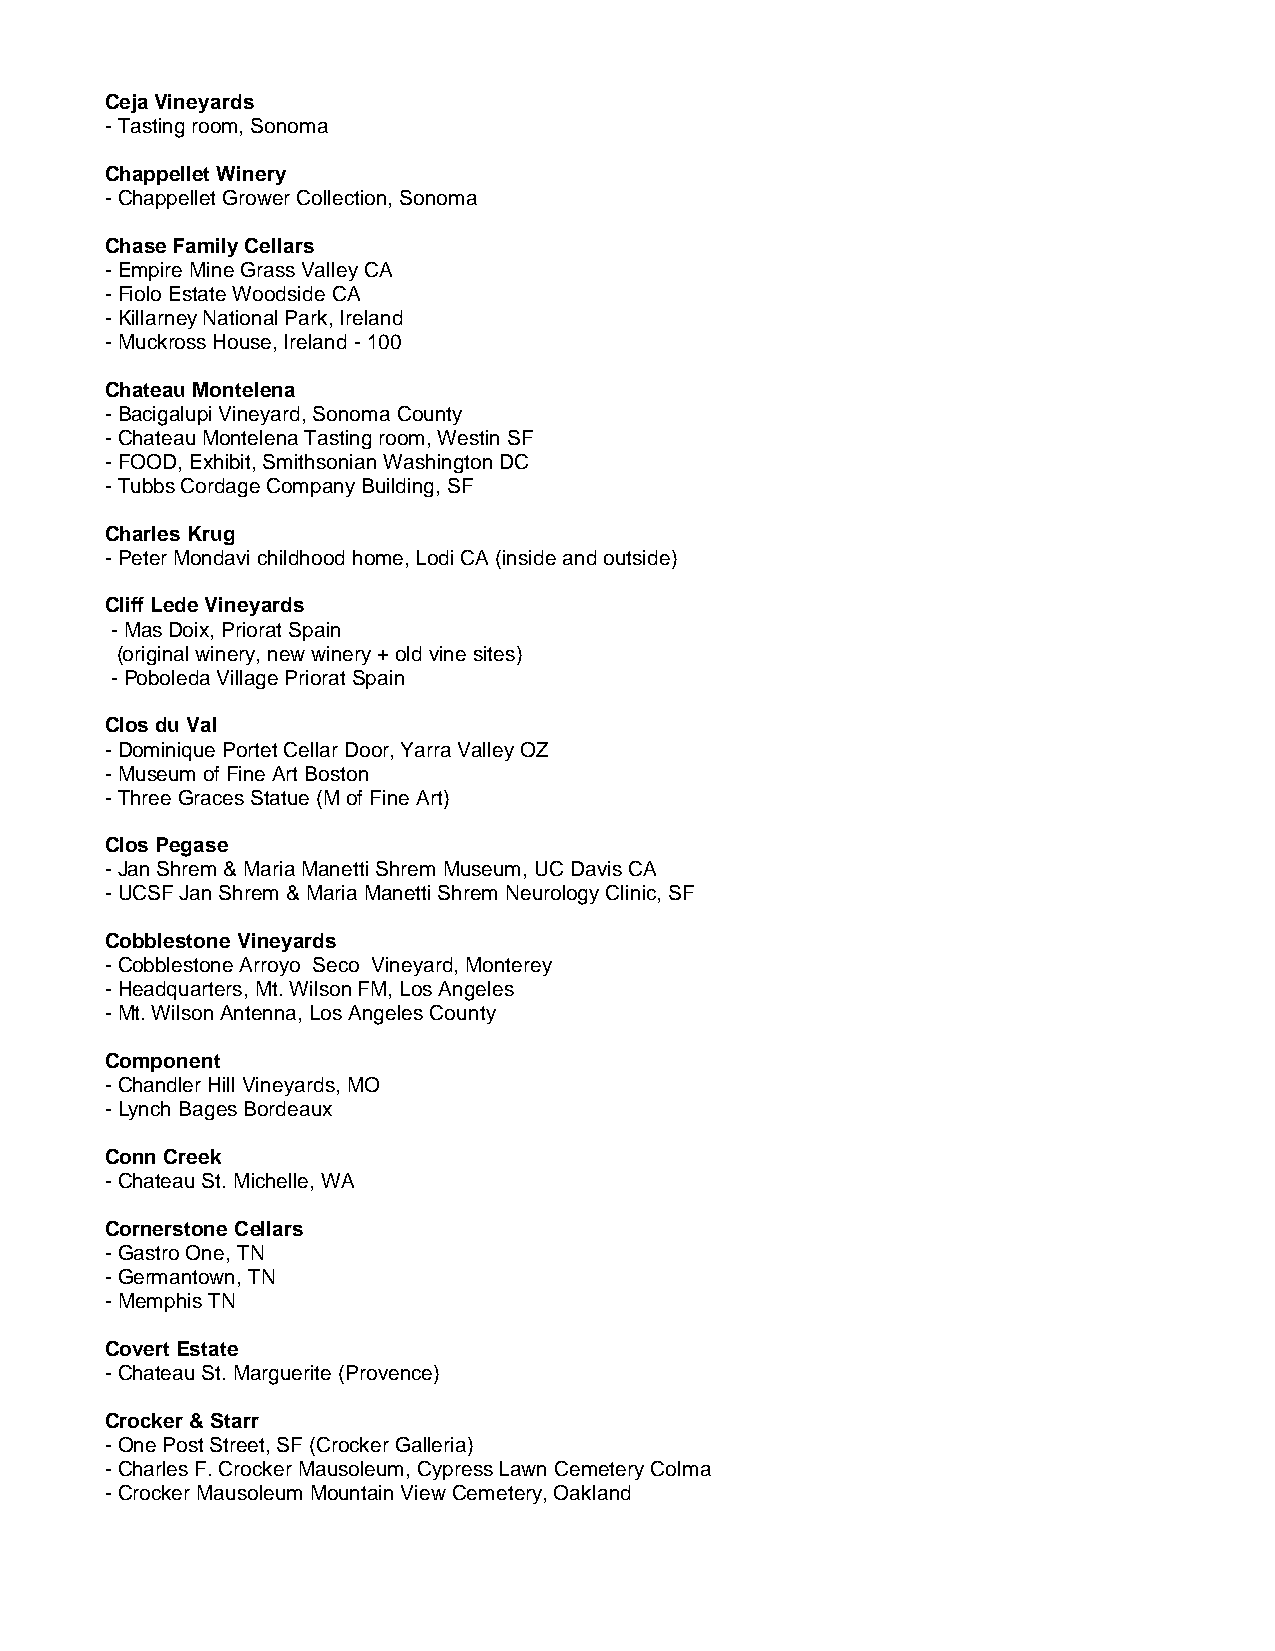
Ceja Vineyards
 - Tasting room, Sonoma
 Chappellet Winery
 - Chappellet Grower Collection, Sonoma
 Chase Family Cellars
 - Empire Mine Grass Valley CA
 - Fiolo Estate Woodside CA
 - Killarney National Park, Ireland
 - Muckross House, Ireland - 100
 Chateau Montelena
 - Bacigalupi Vineyard, Sonoma County
 - Chateau Montelena Tasting room, Westin SF
 - FOOD, Exhibit, Smithsonian Washington DC
 - Tubbs Cordage Company Building, SF
 Charles Krug
 - Peter Mondavi childhood home, Lodi CA (inside and outside)
 Cliff Lede Vineyards
 - Mas Doix, Priorat Spain
 (original winery, new winery + old vine sites)
 - Poboleda Village Priorat Spain
 Clos du Val
 - Dominique Portet Cellar Door, Yarra Valley OZ
 - Museum of Fine Art Boston
 - Three Graces Statue (M of Fine Art)
 Clos Pegase
 - Jan Shrem & Maria Manetti Shrem Museum, UC Davis CA
 - UCSF Jan Shrem & Maria Manetti Shrem Neurology Clinic, SF
 Cobblestone Vineyards
 - Cobblestone Arroyo Seco Vineyard, Monterey
 - Headquarters, Mt. Wilson FM, Los Angeles
 - Mt. Wilson Antenna, Los Angeles County
 Component
 - Chandler Hill Vineyards, MO
 - Lynch Bages Bordeaux
 Conn Creek
 - Chateau St. Michelle, WA
 Cornerstone Cellars
 - Gastro One, TN
 - Germantown, TN
 - Memphis TN
 Covert Estate
 - Chateau St. Marguerite (Provence)
 Crocker & Starr
 - One Post Street, SF (Crocker Galleria)
 - Charles F. Crocker Mausoleum, Cypress Lawn Cemetery Colma
 - Crocker Mausoleum Mountain View Cemetery, Oakland